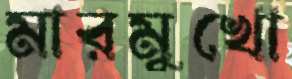
মারমুখো